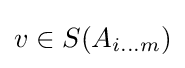
v\in S(A_{i\dots m})